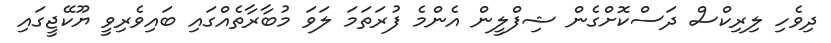
ދިވެހި ލިރިކްސް ދަސްކޮށްގެން ޝިފްލީން އެންމެ ފުރަތަމަ ލަވަ މުބާރާތެއްގައި ބައިވެރިވީ ޔޫކޭޖީގައި